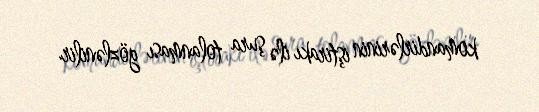
komandirlərinin iştirakı ilə şura tolanması gözlənilir.